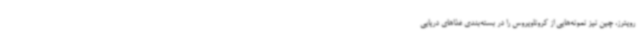
رویترز، چین نیز نمونه‌هایی از کروناویروس را در بسته‌بندی غذاهای دریایی